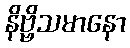
နိဗ္ဗိသမာနော